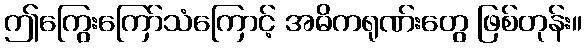
ဤကြွေးကြော်သံကြောင့် အဓိကရုဏ်းတွေ ဖြစ်တုန်း။